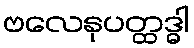
ဗလေနုပတ္ထဒ္ဓါ